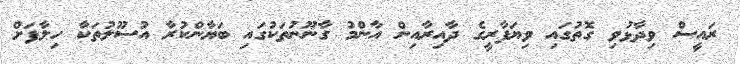
ރައީސް ވިދާޅުވި ގޮތުގައި ވިޔަފާރީގެ ދާއިރާއިން އާންމު ގާނޫނުތަކުގައި ބަޔާންކުރާ އުސޫލުތަކާ ހިލާފަށް